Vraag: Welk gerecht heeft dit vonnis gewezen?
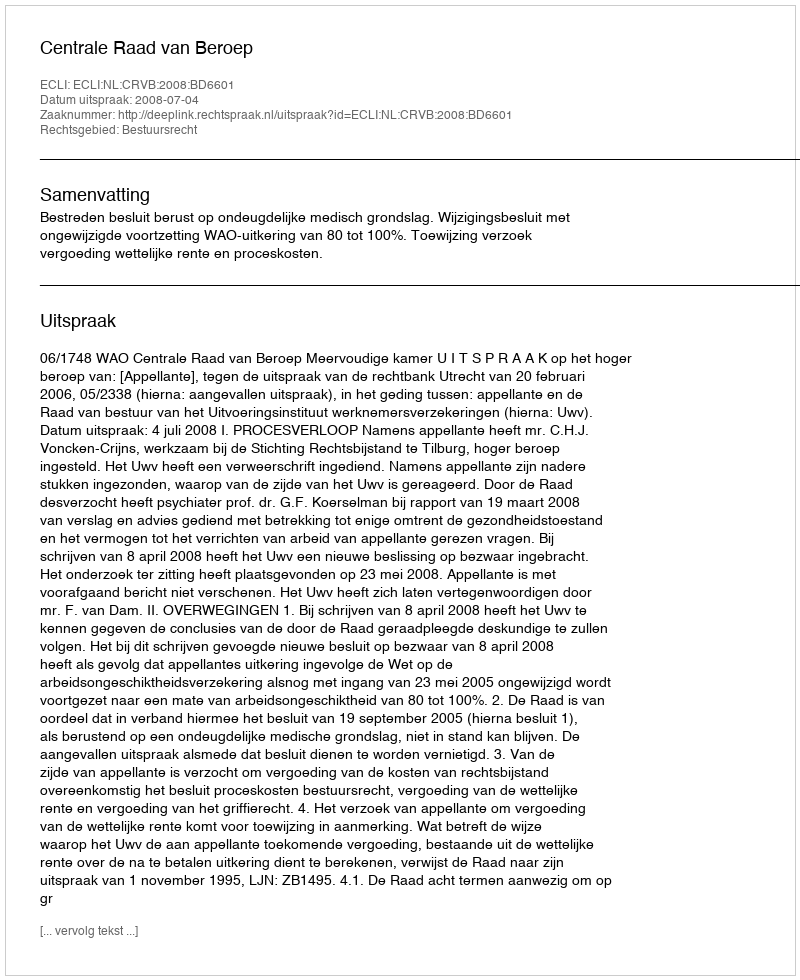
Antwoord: Centrale Raad van Beroep